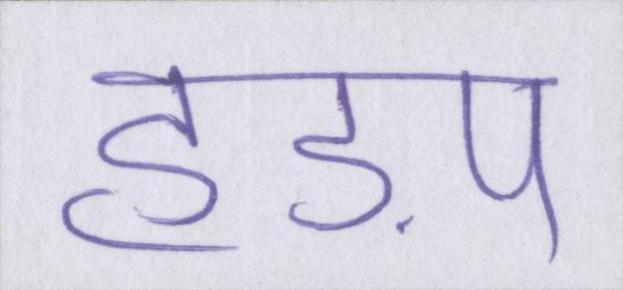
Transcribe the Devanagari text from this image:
हड़प